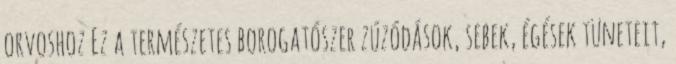
orvoshoz Ez a természetes borogatószer zúzódások, sebek, égések tüneteit,